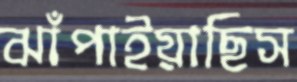
ঝাঁপাইয়াছিস